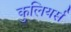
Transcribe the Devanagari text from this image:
कुलियर्स